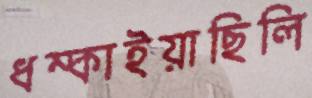
ধম্‌কাইয়াছিলি